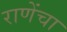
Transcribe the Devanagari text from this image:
राणेंचा